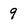
Character: g